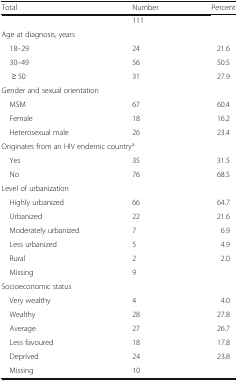
<table><thead><tr><td><b>Total</b></td><td><b>Number</b></td><td><b>Percent</b></td></tr></thead><tbody><tr><td></td><td>111</td><td></td></tr><tr><td colspan="3">Age at diagnosis, years</td></tr><tr><td> 18–29</td><td>24</td><td>21.6</td></tr><tr><td> 30–49</td><td>56</td><td>50.5</td></tr><tr><td>≥ 50</td><td>31</td><td>27.9</td></tr><tr><td colspan="3">Gender and sexual orientation</td></tr><tr><td> MSM</td><td>67</td><td>60.4</td></tr><tr><td> Female</td><td>18</td><td>16.2</td></tr><tr><td> Heterosexual male</td><td>26</td><td>23.4</td></tr><tr><td colspan="3">Originates from an HIV endemic country<sup>a</sup></td></tr><tr><td> Yes</td><td>35</td><td>31.5</td></tr><tr><td> No</td><td>76</td><td>68.5</td></tr><tr><td colspan="3">Level of urbanization</td></tr><tr><td> Highly urbanized</td><td>66</td><td>64.7</td></tr><tr><td> Urbanized</td><td>22</td><td>21.6</td></tr><tr><td> Moderately urbanized</td><td>7</td><td>6.9</td></tr><tr><td> Less urbanized</td><td>5</td><td>4.9</td></tr><tr><td> Rural</td><td>2</td><td>2.0</td></tr><tr><td> Missing</td><td>9</td><td></td></tr><tr><td colspan="3">Socioeconomic status</td></tr><tr><td> Very wealthy</td><td>4</td><td>4.0</td></tr><tr><td> Wealthy</td><td>28</td><td>27.8</td></tr><tr><td> Average</td><td>27</td><td>26.7</td></tr><tr><td> Less favoured</td><td>18</td><td>17.8</td></tr><tr><td> Deprived</td><td>24</td><td>23.8</td></tr><tr><td> Missing</td><td>10</td><td></td></tr></tbody></table>